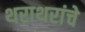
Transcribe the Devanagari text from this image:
थराथरांचे